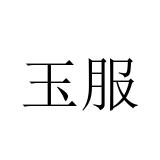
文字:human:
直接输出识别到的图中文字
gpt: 玉服